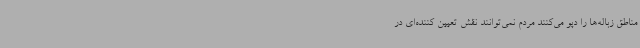
مناطق زباله‌ها را دپو می‌کنند مردم نمی‌توانند نقش تعیین کننده‌ای در